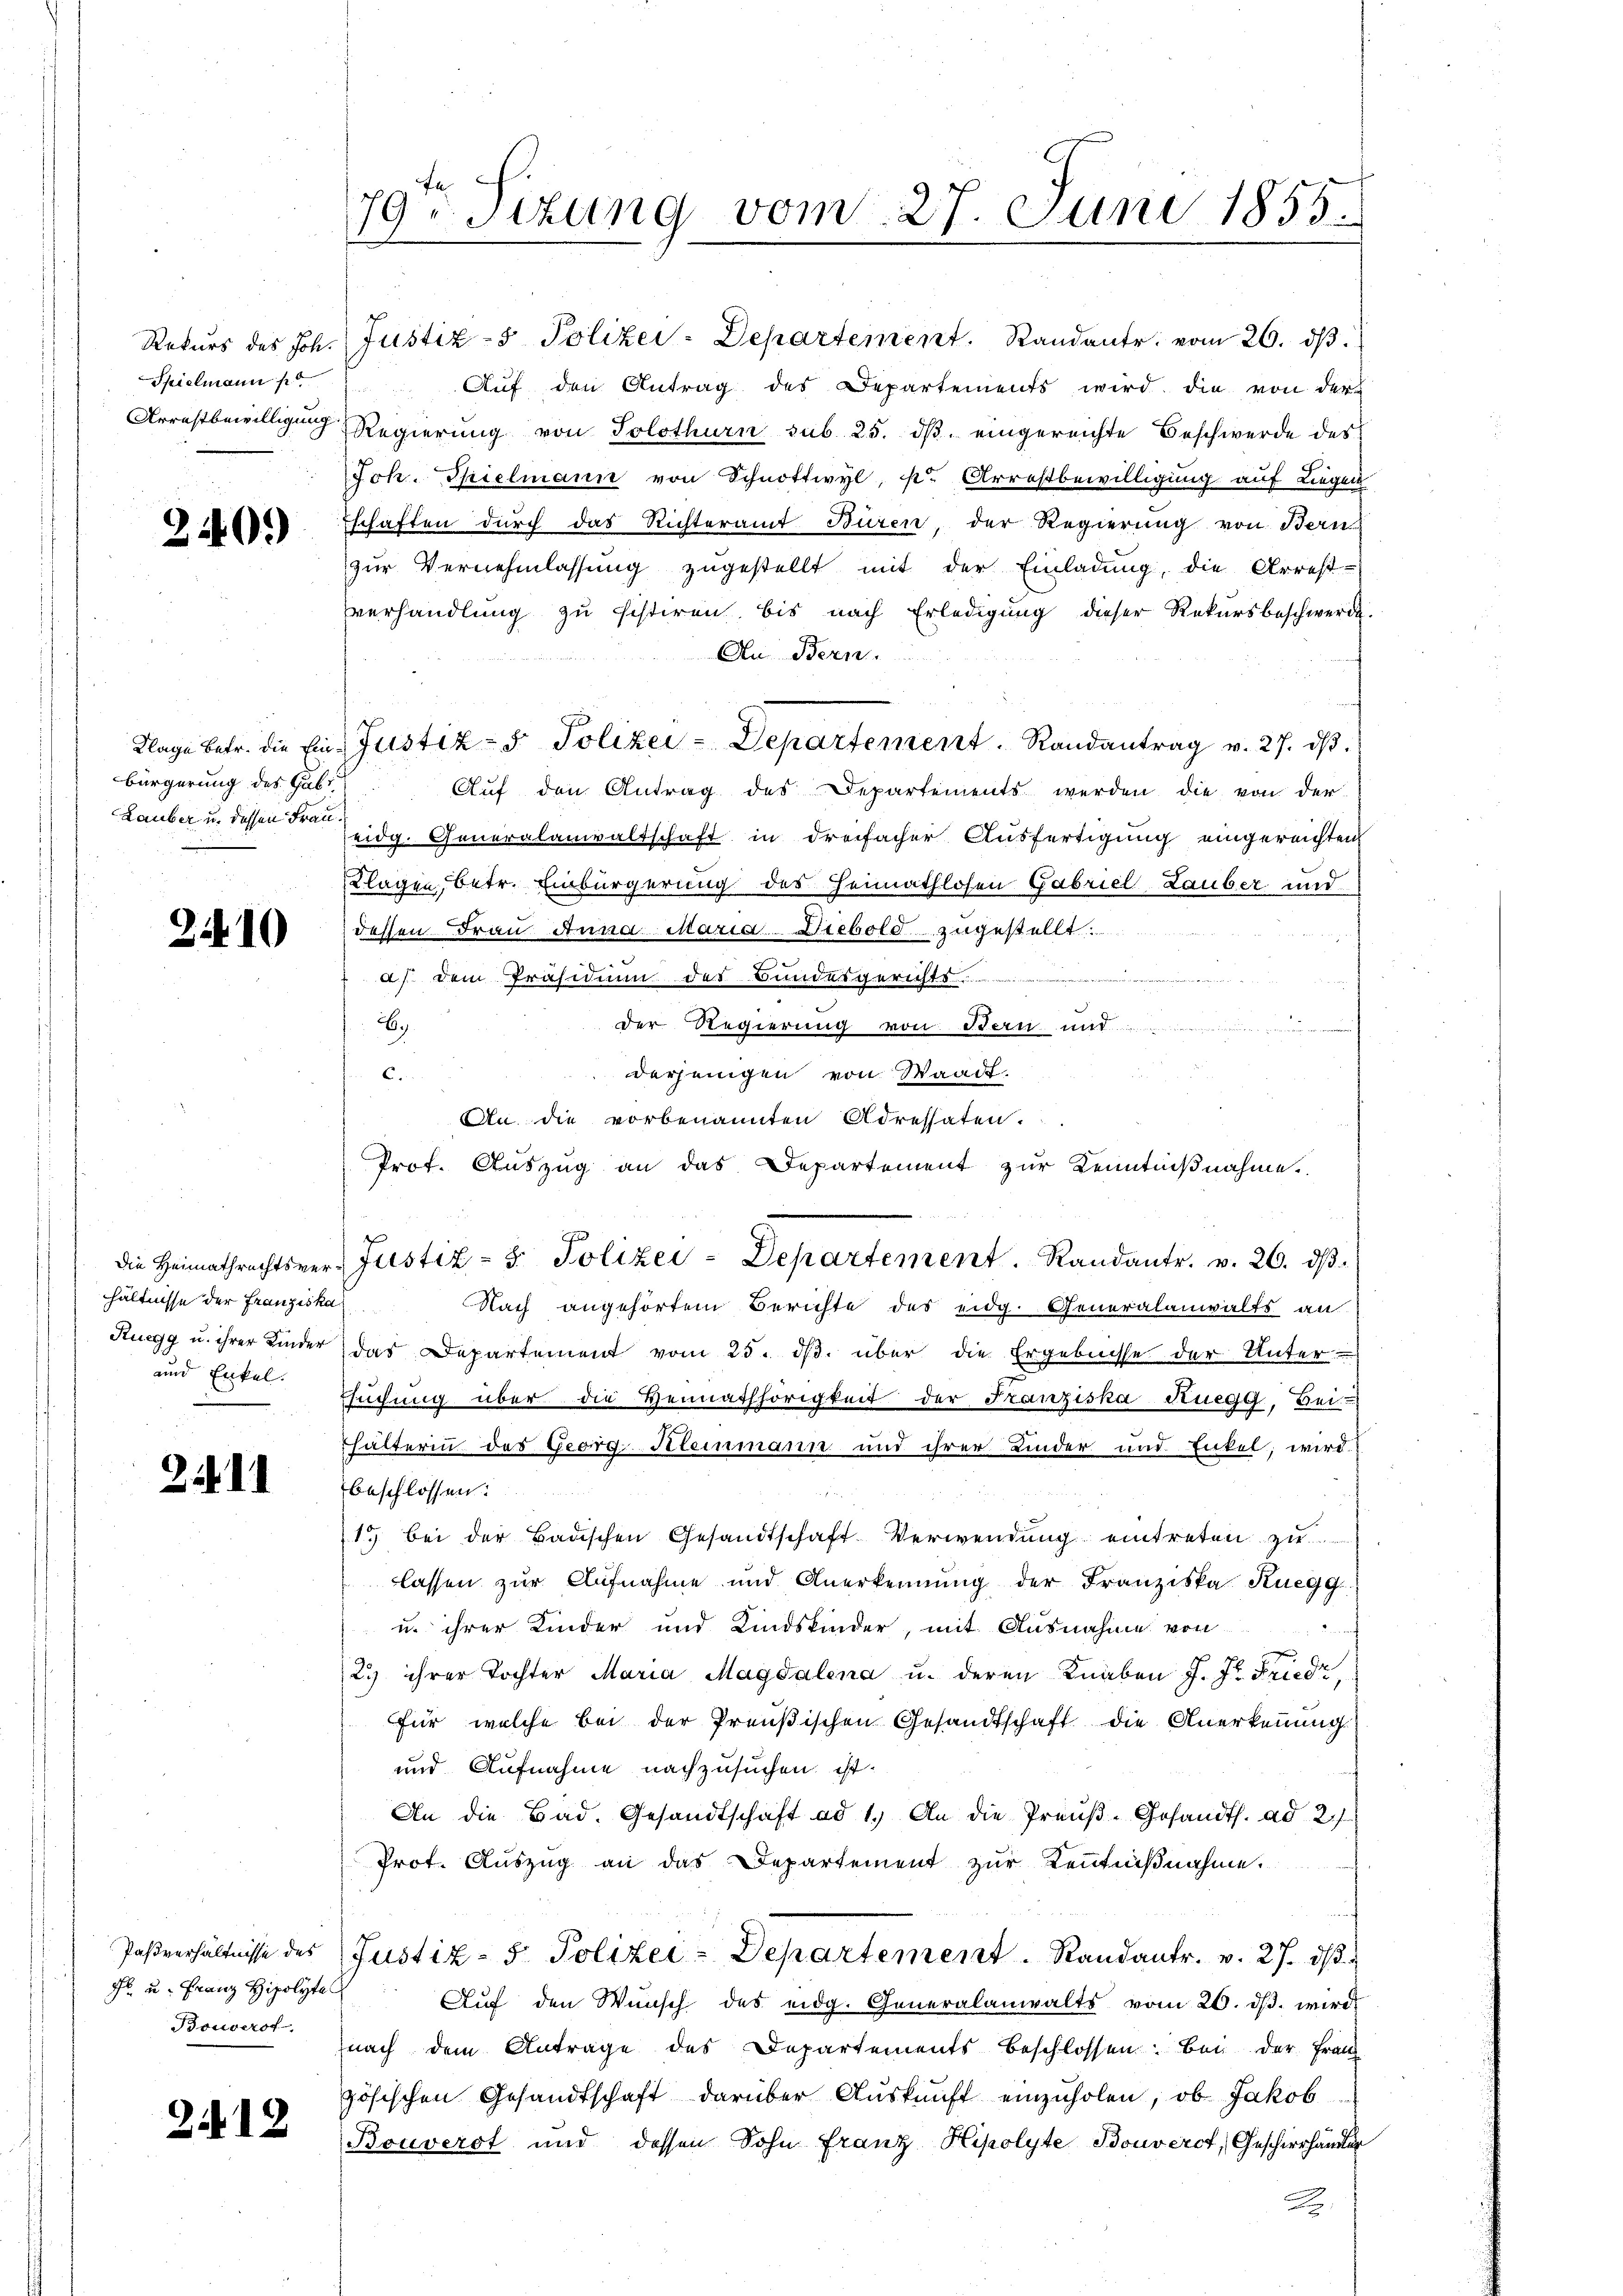
240.

bürgerung des Gab
Lauber u. dessen Frau¬

2410

hältnisse der Franziska
und Enkel.

2. d. d.

F. u. Franz Hipolyte
Bouverst

212

Rekurs des Joh. Justiz- & Polizei-Departement. Randante, vom 26. dβ.
Spielmann Auf den Antrag des Departements wird die von der
Arrestbewilligung Regierung von Solothurn sub. 25. dβ eingereichte Beschwerde des
Joh. Spielmann von Schnottwyl, s. Arrestbewilligung auf Liegen
Eschaften durch das Richteramt Büren, der Regierung von Bern
zŭr Vernehmlassŭng zugestellt mit der Einladung, die Arrest-
verhandlung zu sistiren, bis nach Erledigung dieser Rekursbeschwerde.
An Bern.
Klage betr. die Ein Justiz- & Polizei-Departement. Randantrag v. 27. dβ.
Auf den Antrag des Departements werden die von der
edg. Generalanwaltschaft in dreifacher Ausfertigung eingereichten
Klagen, betr. Einbürgerung des Heimathlosen Gabriel Lauber und
dessen Frau Anna Maria Diebold zugestellt.
a). Dem Präsidium des Bundergerichts
6.)
der Regierung von Stern und
derjenigen von Waadt.
C.
An die vorbenannten Adressaten.
Prof. Auszug an das Departement zur Kenntnißnahme.
die Heimathrechtsver-Justiz- & Polizei-Departement. Randantr. v. 26. dβ.
Nach angehörtem Berichte des eidg. Generalanwalts an
Ruegg u. ihrer Kinder das Departement vom 25. ds. über die Ergebnisse der Unter-
suchung über die Hennathhörigkeit der Franziska Ruegg, Bei-
Thälterin des Georg.-Steinmann und ihrer Kinder und Enkel, wird
beschlossen:
15 bei der Badischen Gesandtschaft Verwendŭng eintreten zu
lassen zur Aufnahme und Anerkennung der Franziska Kuegg
u. ihrer Kinder und Kindskinder, mit Ausnahme von
23 ihrer Tochter Maria Magdalena u. deren Knaben J. J. Fried,
für, welche bei der Preußischen Gesandtschaft die Anerkennung
und Aufnahme nachzusuchen ist
An die Bad. Gesandtschaft ad 1. An die Preŭβ-Gesandts. ad 2.)
Prot. Auszug an das Departement zur Kenntnißnahme.
Pasverhältnisse des Justiz- & Polizei-Departement. Randantr. v. 27. dβ
Aŭf den Wünsch des eidg. Generalanwalts vom 26. dβ. wird
nach dem Antrage des Departements beschlossen: Bei der Franz
zösischen Gesandtschaft darüber Aŭskŭnft einzŭholen, ob Jakob
Bouverst und dessen Sohn Franz Hipolyte Bouverst, Geschierhander
A

79ten Sitzung vom 27. Juni 1855.